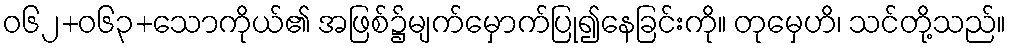
ဝ၆၂+၀၆၃+သောကိုယ်၏ အဖြစ်၌မျက်မှောက်ပြု၍နေခြင်းကို။ တုမှေဟိ၊ သင်တို့သည်။